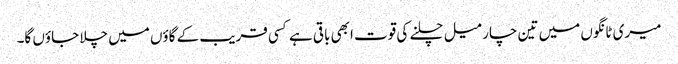
میری ٹانگوں میں تین چار میل چلنے کی قوت ابھی باقی ہے کسی قریب کے گاؤں میں چلا جاؤں گا۔